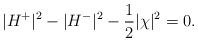
LaTeX: \begin{align*}|H^+|^2 - |H^-|^2 - \frac{1}{2} |\chi|^2 = 0. \end{align*}